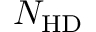
N _ { \mathrm { H D } }